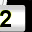
Digit: 2